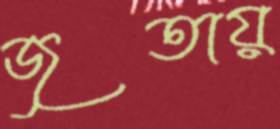
জুতায়